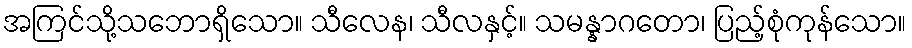
အကြင်သို့သဘောရှိသော။ သီလေန၊ သီလနှင့်။ သမန္နာဂတော၊ ပြည့်စုံကုန်သော။